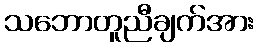
သဘောတူညီချက်အား